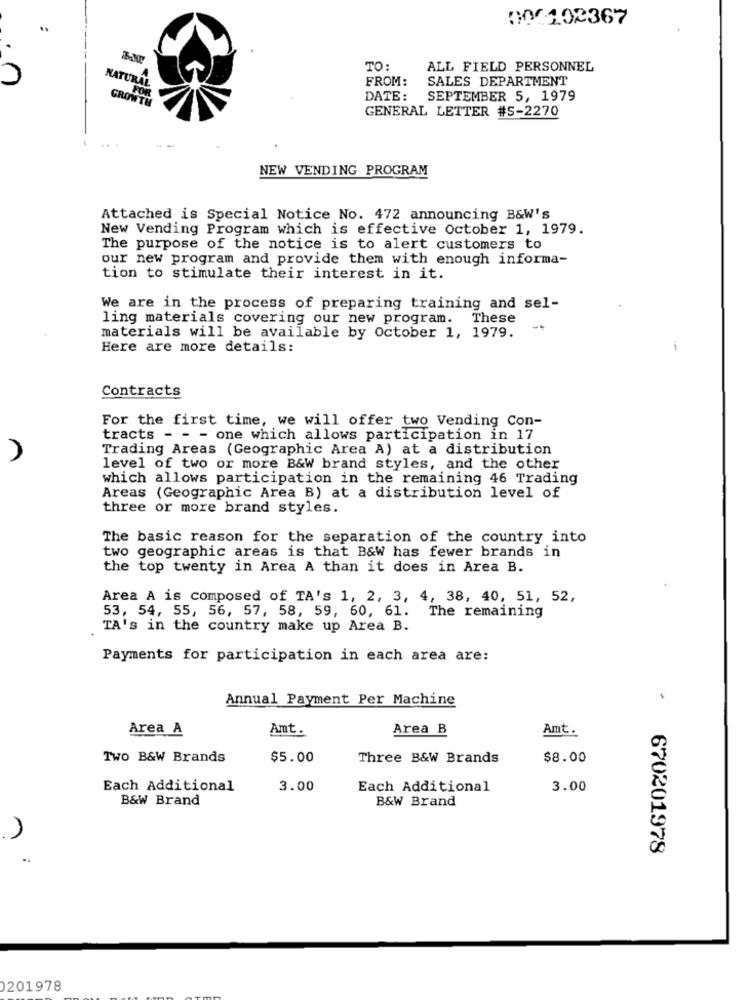
00102367
TO:
ALL FIELD PERSONNEL
NATURAL
FROM:
SALES DEPARTMENT
FOR
GROV
DATE :
SEPTEMBER 5, 1979
GENERAL LETTER #5-2270
NEW VENDING PROGRAM
Attached is Special Notice No. 472 announcing B&W's
New Vending Program which is effective October 1, 1979.
The purpose of the notice is to alert customers to
our new program and provide them with enough informa-
tion to stimulate their interest in it.
We are in the process of preparing training and sel-
ling materials covering our new program. These
materials will be available by October 1, 1979.
Here are more details:
i
Contracts
For the first time, we will offer two Vending Con-
tracts - - - one which allows participation in 17
Trading Areas (Geographic Area A) at a distribution
level of two or more B&W brand styles, and the other
which allows participation in the remaining 46 Trading
Areas (Geographic Area B) at a distribution level of
three or more brand styles.
The basic reason for the separation of the country into
two geographic areas is that B&W has fewer brands in
the top twenty in Area A than it does in Area B.
Area A is composed of TA's 1, 2, 3, 4, 38, 40, 51, 52,
53, 54, 55, 56, 57, 58, 59, 60, 61. The remaining
TA's in the country make up Area B.
Payments for participation in each area are:
Annual Payment Per Machine
-
Area A
Amt.
Area B
Amt.
Two B&W Brands
$5.00
Three B&W Brands
$8.00
Each Additional
3.00
Each Additional
3.00
B&W Brand
B&W Brand
670201978
201978